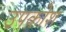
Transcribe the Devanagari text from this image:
उपकोश